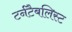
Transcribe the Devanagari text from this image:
टर्नटैबलिस्ट